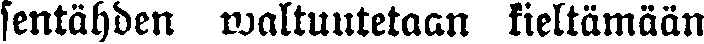
sentähden waltuutetaan kieltämään